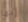
إنها